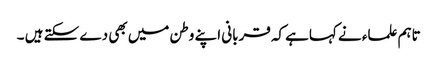
تاہم علماء نے کہاہے کہ قربانی اپنے وطن میں بھی دے سکتے ہیں ۔